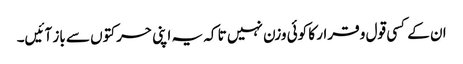
ان کے کسی قول و قرار کا کوئی وزن نہیں تا کہ یہ اپنی حرکتوں سے باز آئیں۔